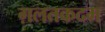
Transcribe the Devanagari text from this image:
ग़लतकदम